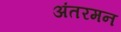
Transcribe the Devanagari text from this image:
अंतरमन